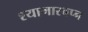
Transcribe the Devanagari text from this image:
श्यामास्वप्न